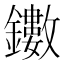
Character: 𨯃